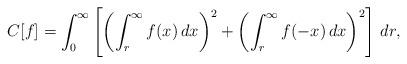
LaTeX: \begin{align*}C[f] = \int_{0}^{\infty} \left[ \left( \int_{r}^{\infty} f(x) \, dx \right)^{2} + \left( \int_{r}^{\infty} f(-x) \, dx \right)^{2} \right] \, dr,\end{align*}